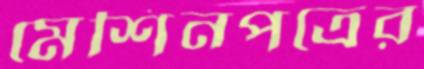
মেশিনপত্রের